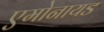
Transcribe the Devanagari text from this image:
एमोनायड